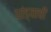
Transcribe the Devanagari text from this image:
धांड्याची